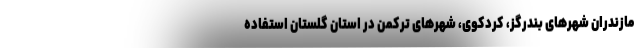
مازندران شهرهای بندرگز، کردکوی، شهرهای ترکمن در استان گلستان استفاده